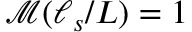
\mathcal { M } ( \ell _ { s } / L ) = 1